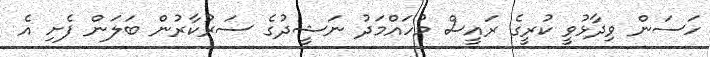
ހަސަން ވިދާޅުވީ ކުރީގެ ރައީސް މުހައްމަދު ނަޝީދުގެ ސަރުކާރުން ބަލަން ފެށި އެ